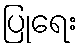
ပြုရေး